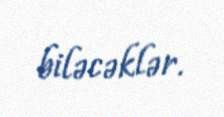
biləcəklər.